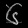
Digit: ၆